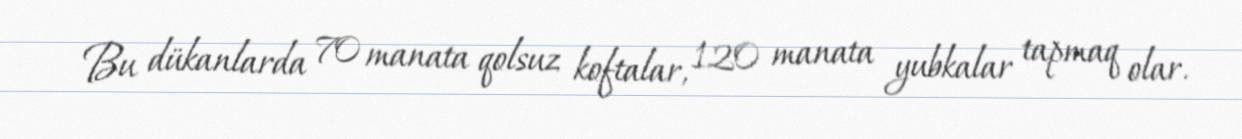
Bu dükanlarda 70 manata qolsuz koftalar, 120 manata yubkalar tapmaq olar.